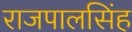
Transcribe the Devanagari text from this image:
राजपालसिंह